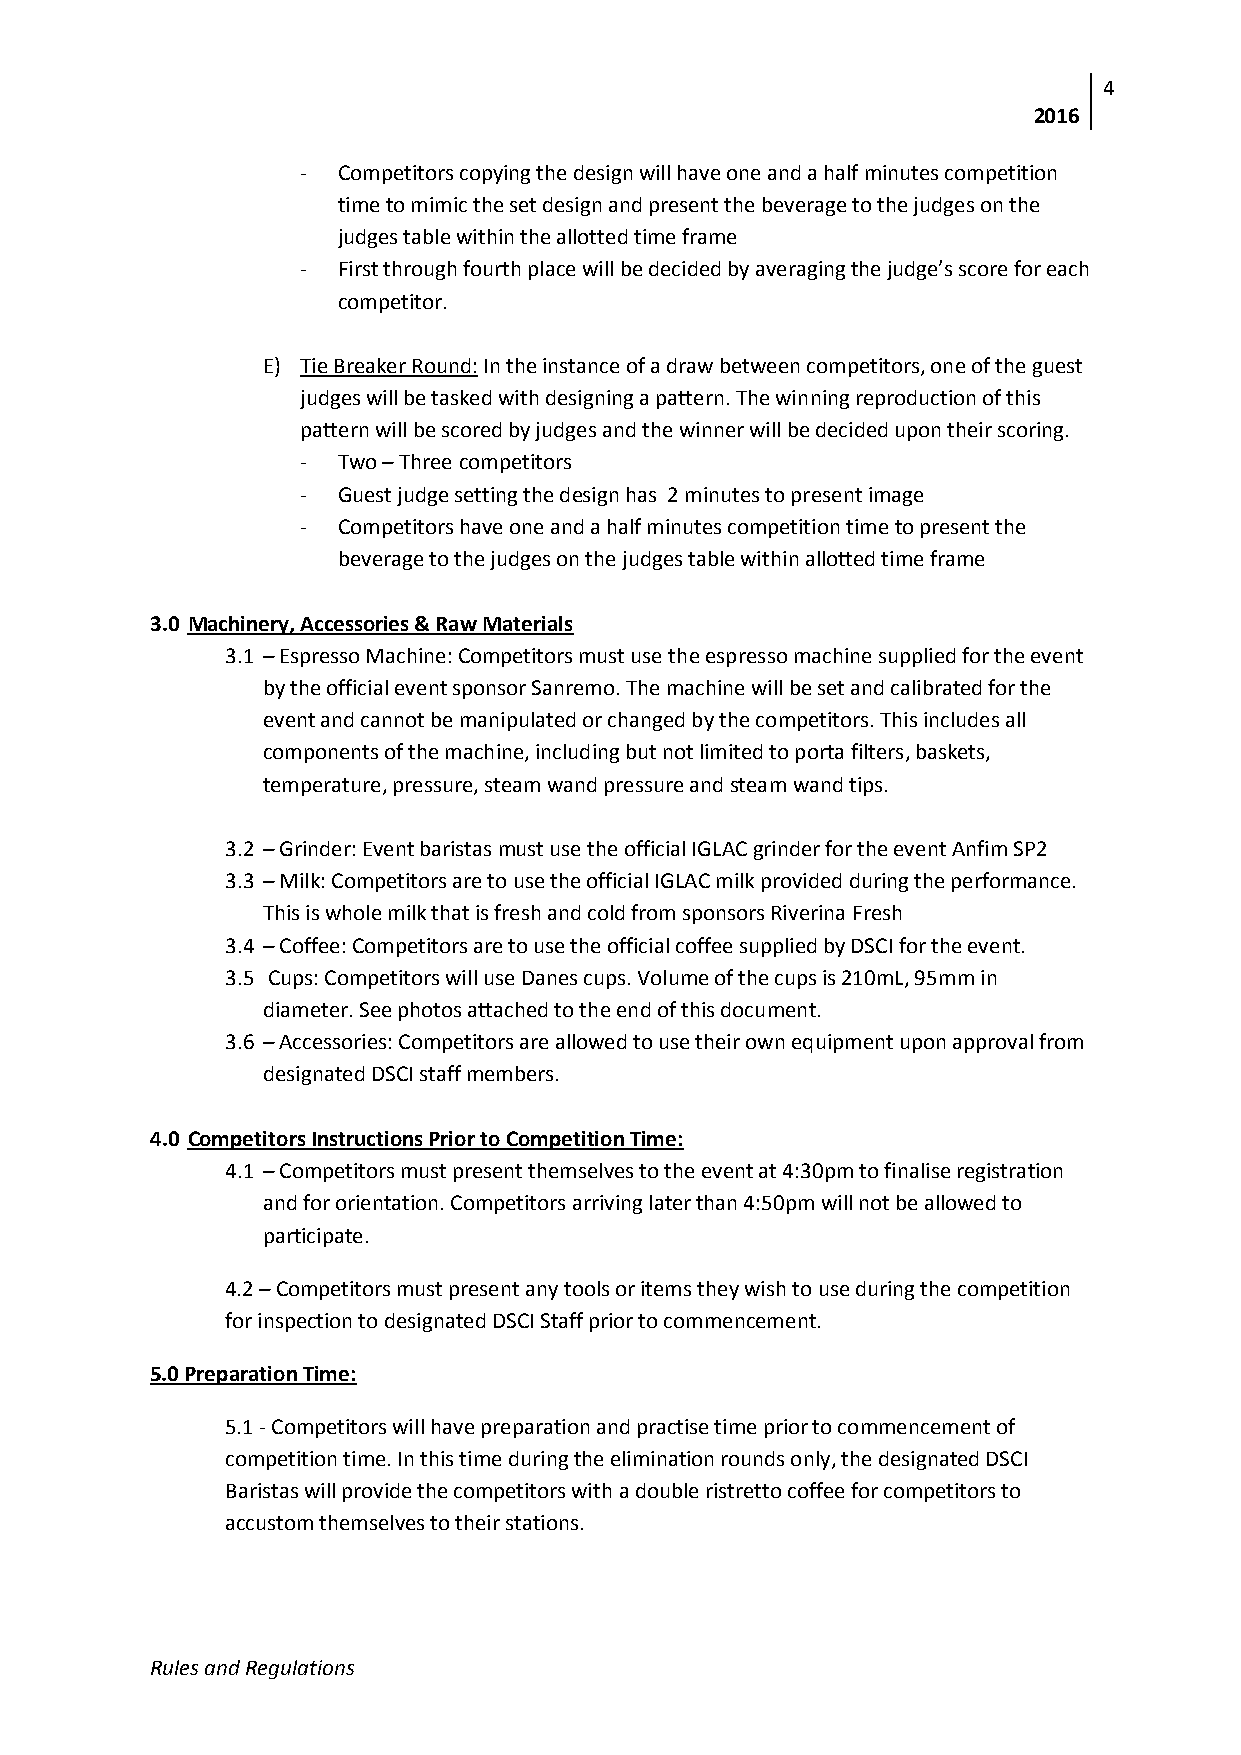
4
 2016
 - Competitors copying the design will have one and a half minutes competition
 time to mimic the set design and present the beverage to the judges on the
 judges table within the allotted time frame
 - First through fourth place will be decided by averaging the judge’s score for each
 competitor.
 E) Tie Breaker Round: In the instance of a draw between competitors, one of the guest
 judges will be tasked with designing a pattern. The winning reproduction of this
 pattern will be scored by judges and the winner will be decided upon their scoring.
 - Two – Three competitors
 - Guest judge setting the design has 2 minutes to present image
 - Competitors have one and a half minutes competition time to present the
 beverage to the judges on the judges table within allotted time frame
 3.0 Machinery, Accessories & Raw Materials
 3.1 – Espresso Machine: Competitors must use the espresso machine supplied for the event
 by the official event sponsor Sanremo. The machine will be set and calibrated for the
 event and cannot be manipulated or changed by the competitors. This includes all
 components of the machine, including but not limited to porta filters, baskets,
 temperature, pressure, steam wand pressure and steam wand tips.
 3.2 – Grinder: Event baristas must use the official IGLAC grinder for the event Anfim SP2
 3.3 – Milk: Competitors are to use the official IGLAC milk provided during the performance.
 This is whole milk that is fresh and cold from sponsors Riverina Fresh
 3.4 – Coffee: Competitors are to use the official coffee supplied by DSCI for the event.
 3.5 Cups: Competitors will use Danes cups. Volume of the cups is 210mL, 95mm in
 diameter. See photos attached to the end of this document.
 3.6 – Accessories: Competitors are allowed to use their own equipment upon approval from
 designated DSCI staff members.
 4.0 Competitors Instructions Prior to Competition Time:
 4.1 – Competitors must present themselves to the event at 4:30pm to finalise registration
 and for orientation. Competitors arriving later than 4:50pm will not be allowed to
 participate.
 4.2 – Competitors must present any tools or items they wish to use during the competition
 for inspection to designated DSCI Staff prior to commencement.
 5.0 Preparation Time:
 5.1 - Competitors will have preparation and practise time prior to commencement of
 competition time. In this time during the elimination rounds only, the designated DSCI
 Baristas will provide the competitors with a double ristretto coffee for competitors to
 accustom themselves to their stations.
 Rules and Regulations